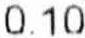
0.10